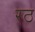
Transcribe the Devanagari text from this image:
रठ